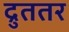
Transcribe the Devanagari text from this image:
द्रुततर